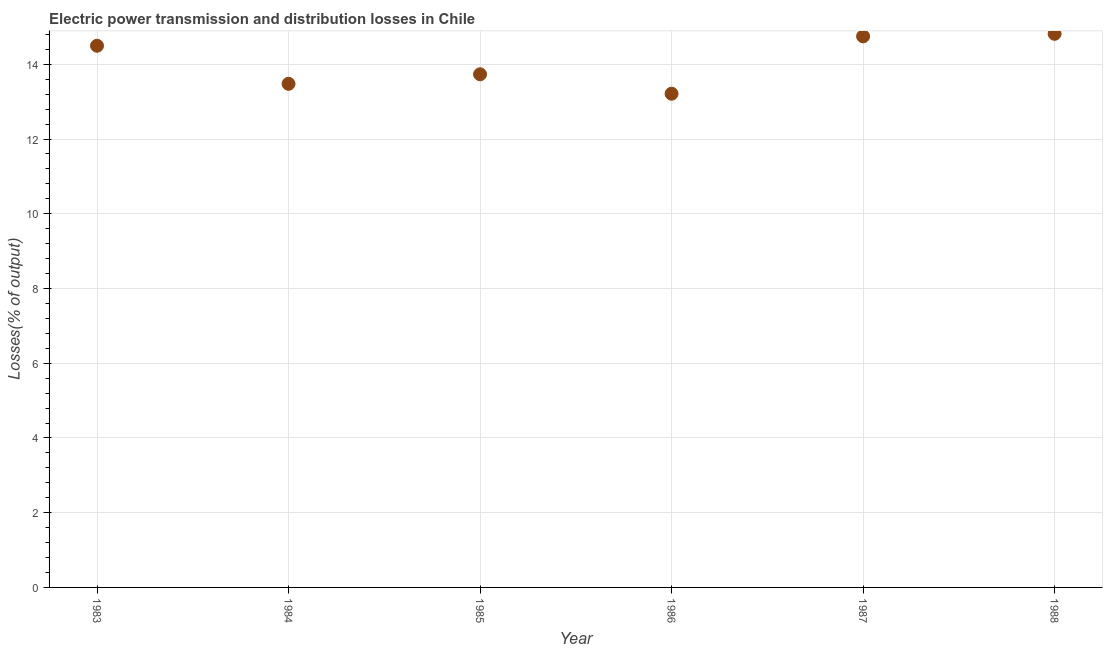
| Year | Electric power transmission and distribution losses |
 | --- | --- |
 | 1983 | 14.5 |
 | 1984 | 13.5 |
 | 1985 | 13.7 |
 | 1986 | 13.2 |
 | 1987 | 14.7 |
 | 1988 | 14.8 |